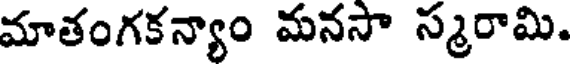
మాతంగకన్యాం మనసా స్మరామి.